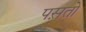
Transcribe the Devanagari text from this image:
पस़तो